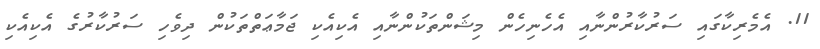
11. އެމެރިކާގައި ސަރުކާރުންނާއި އެހެނިހެން މިޝަންތަކުންނާއި އެކިއެކި ޖަމާޢަތްތަކުން ދިވެހި ސަރުކާރުގެ އެކިއެކި